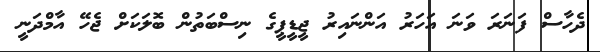
ދެހާސް ފަނަރަ ވަނަ އަހަރު އަންނައިރު ޖީޑީޕީގެ ނިސްބަތުން ބޮލަކަށް ޖެހޭ އާމްދަނީ